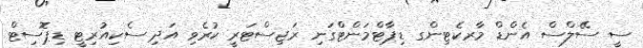
ސީ ސޭލްސް އެންޑް މާރކެޓިންގ ޑިޕާޓްމަންޓްގަނި ރަޖިސްޓަރީ ކުރެވި އަދި ސެކިއުރިޓީ ޑިޕޮސިޓް